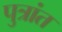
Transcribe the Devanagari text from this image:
पुत्रांत